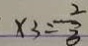
x _ { 3 } = \frac { 2 } { 3 }